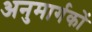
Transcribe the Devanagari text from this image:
अनुमार्गकों